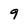
Character: 9